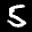
Label: 5